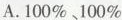
A.\100%、100\%